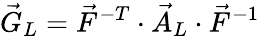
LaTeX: \vec{G}_{L}=\vec{F}^{-T}\cdot\vec{A}_{L}\cdot\vec{F}^{-1}